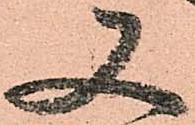
又